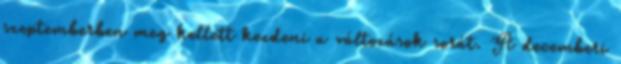
szeptemberben meg kellett kezdeni a változások sorát. A decemberi